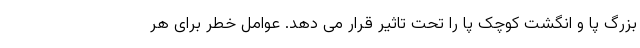
بزرگ پا و انگشت کوچک پا را تحت تاثیر قرار می دهد. عوامل خطر برای هر